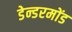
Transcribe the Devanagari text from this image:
डेन्डरमोंड